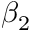
\beta _ { 2 }